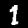
Label: 1